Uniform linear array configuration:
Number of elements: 64
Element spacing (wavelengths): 0.5
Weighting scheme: binomial
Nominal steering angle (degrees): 15
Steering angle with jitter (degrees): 14.257
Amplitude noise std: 0.05
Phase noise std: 0.05

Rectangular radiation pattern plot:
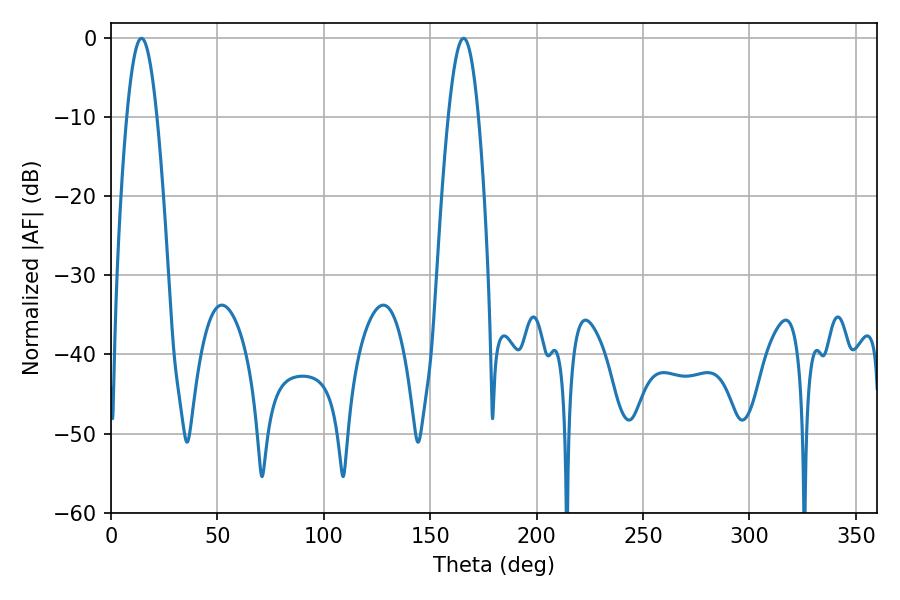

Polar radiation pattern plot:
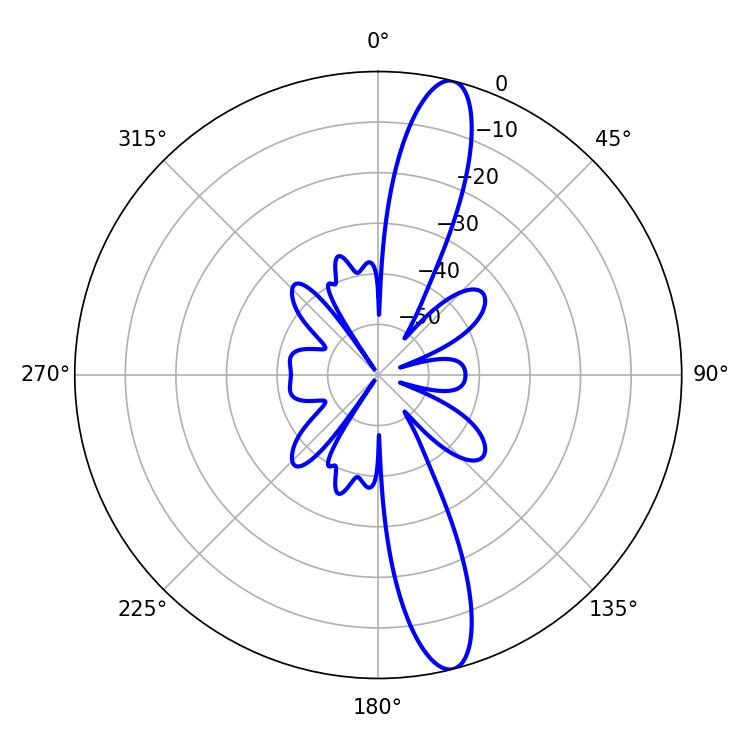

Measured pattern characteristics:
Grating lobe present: FALSE
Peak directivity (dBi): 14.416
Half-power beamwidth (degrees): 7.56
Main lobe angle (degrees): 14.4